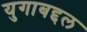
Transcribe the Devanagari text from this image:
युगाबद्दल